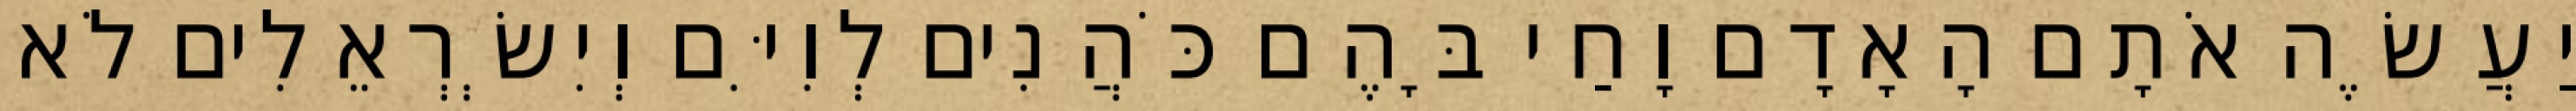
יַעֲשֶׂה אֹתָם הָאָדָם וָחַי בָּהֶם כֹּהֲנִים לְוִיִּם וְיִשְׂרְאֵלִים לֹא